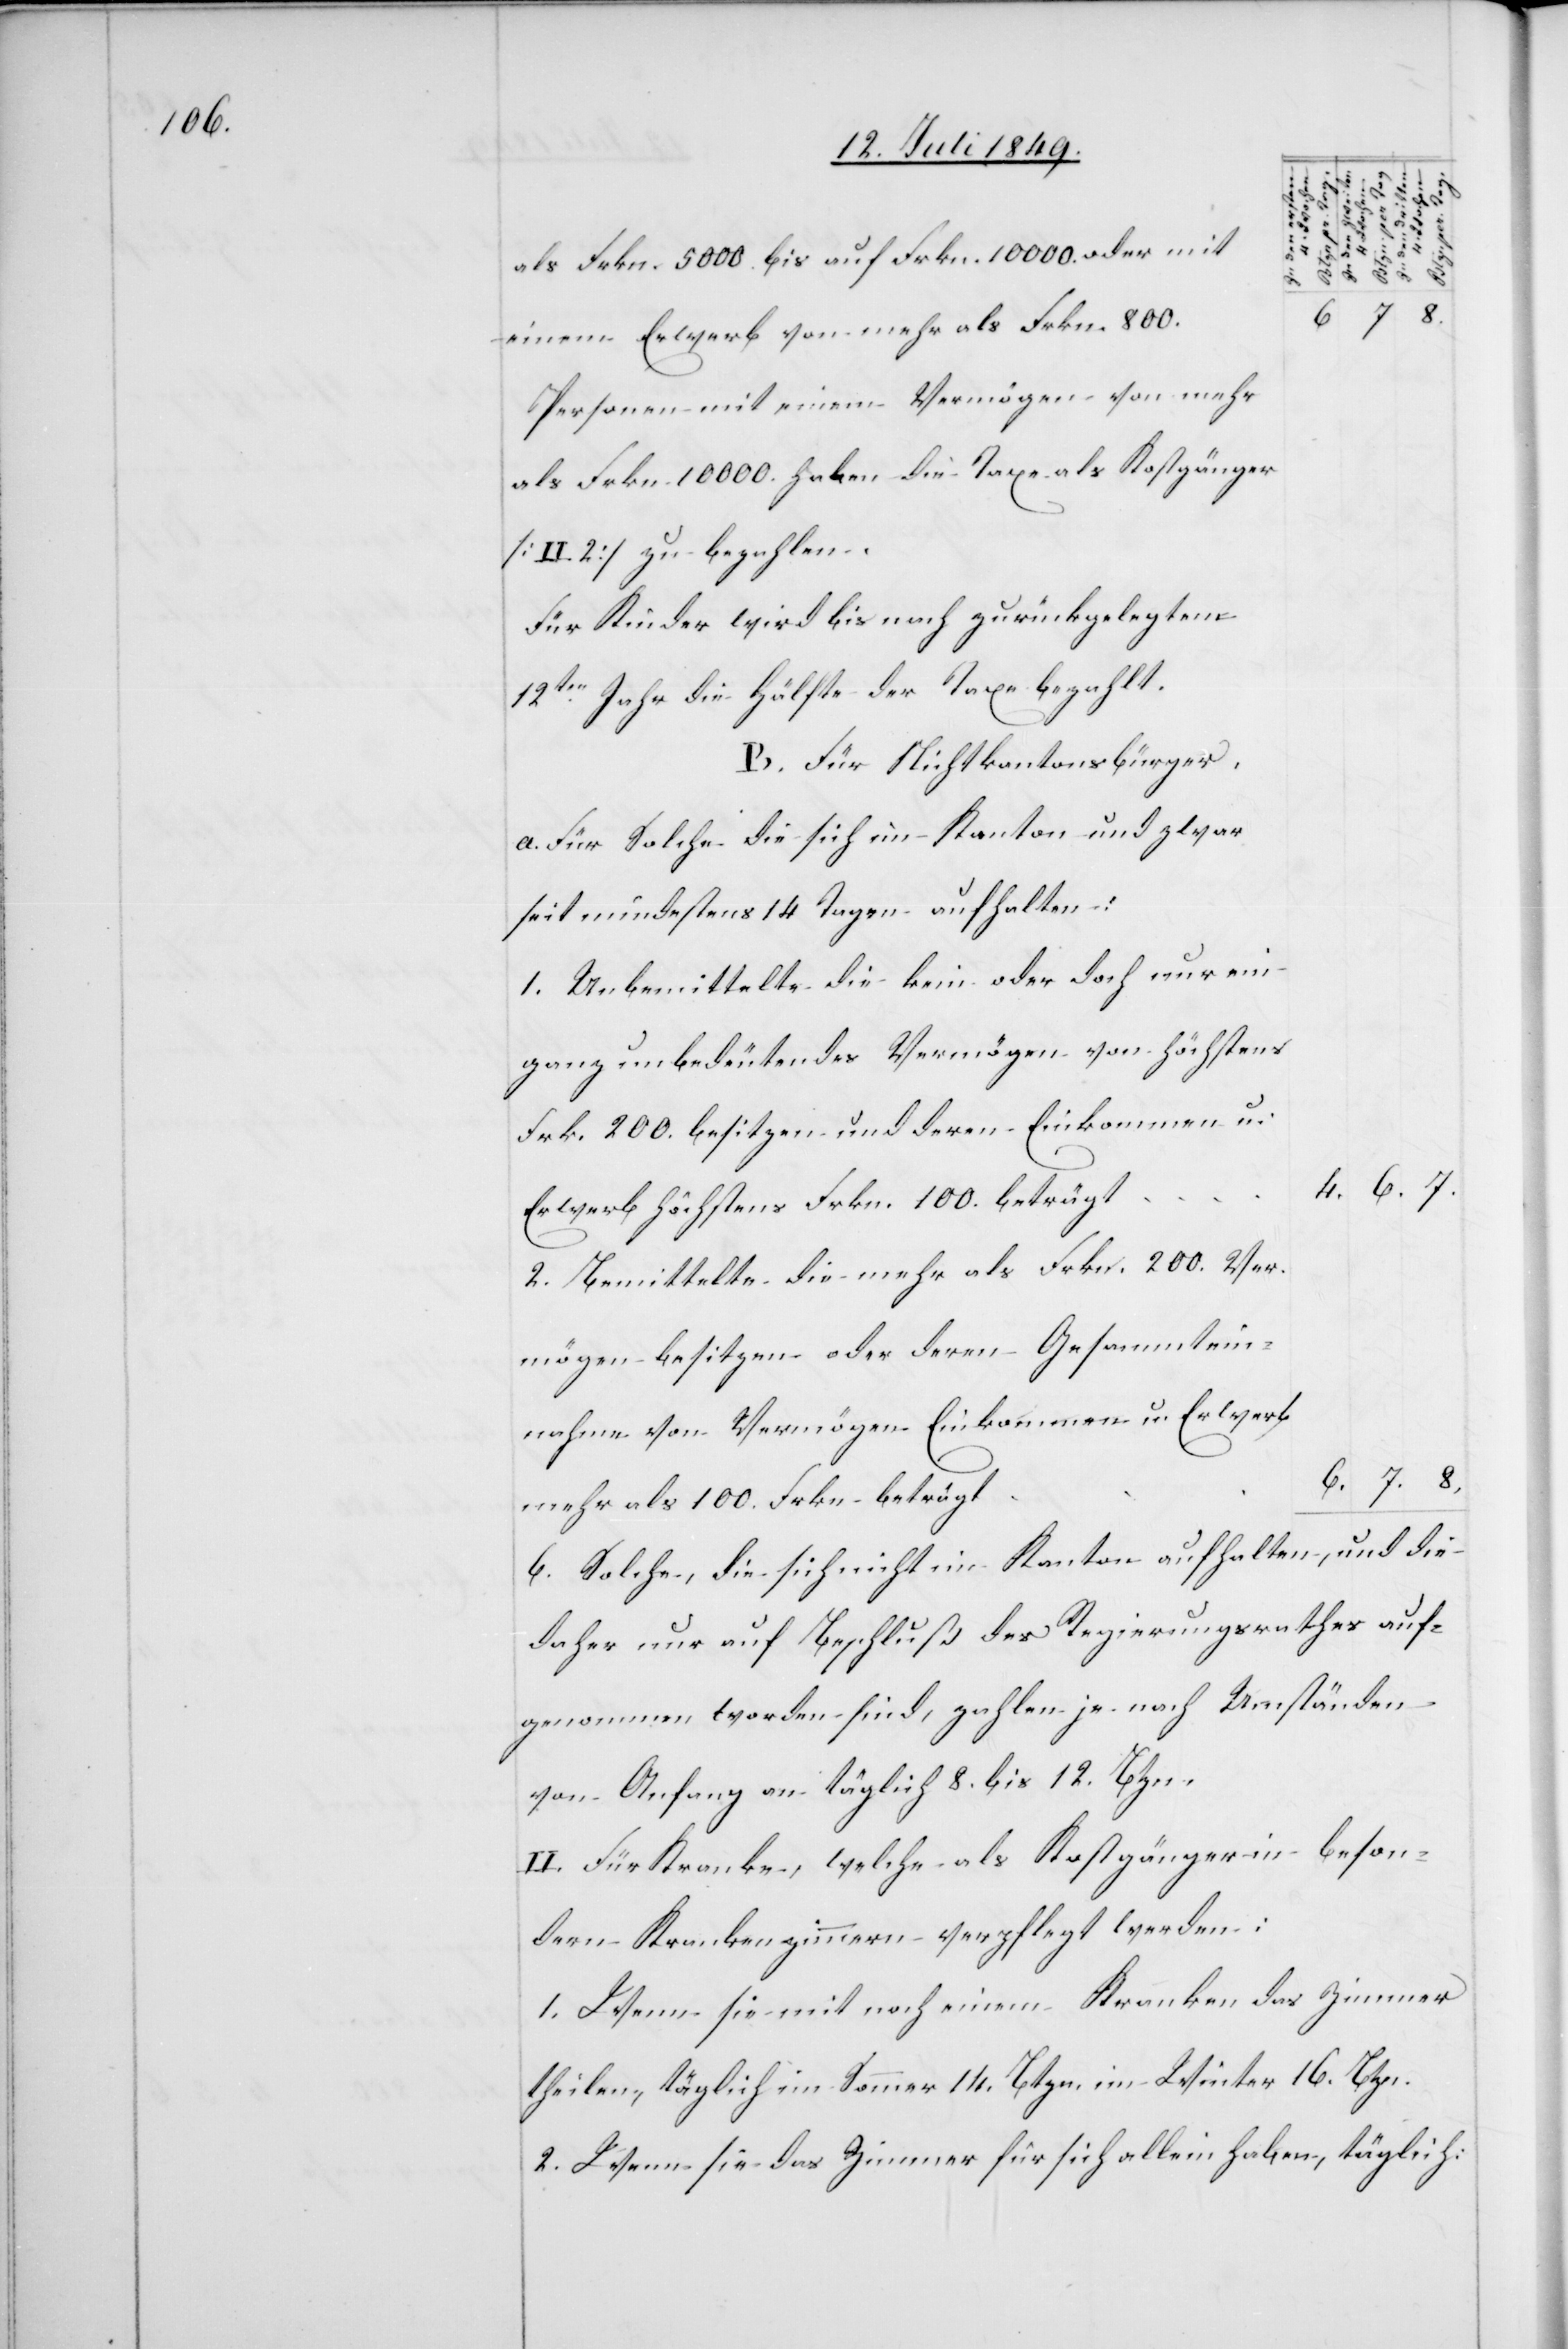
Tag.
Btzn per Tag.
dritten 4.
als Frkn. 5000. bis auf Frkn. 10 000. oder mit
einem Erwerb von mehr als Frkn. 800.
Personen mit einem Vermögen von mehr
als Frkn. 10 000. haben die Taxe als Kostgänger
[II. 2] zu bezahlen.
Für Kinder wird bis nach zurückgelegtem
12ten Jahr die Hälfte der Taxe bezahlt.
B. Für Nichtkantonsbürger.
a. Für solche die sich im Kanton und zwar
seit mindestens 14 Tagen aufhalten:
1. Unbemittelte die kein oder doch nur ein
ganz unbedeutendes Vermögen von höchstens
Frk. 200. besitzen und deren Einkommen u.
8.
Erwerb höchstens Frkn. 100. beträgt
2. Bemittelte die mehr als Frkn. 200. Ver¬
mögen besitzen oder deren Gesammtein¬
nahme von Vermögen Einkommen u. Erwerb
mehr als 100. Frkn. beträgt
b. Solche, die sich nicht im Kanton aufhalten, und die
daher nur auf Beschluß des Regierungsrathes auf¬
genommen worden sind, zahlen je nach Umständen
von Anfang an täglich 8. bis 12. Btzn.
II. Für Kranke, welche als Kostgänger in beson¬
dern Krankenzimmer verpflegt werden:
1. Wenn sie mit noch einem Kranken das Zimmer
theilen, täglich im Sommer 14. Btzn. im Winter 16. Btzn.
2. Wenn sie das Zimmer für sich allein haben, täglich:

6.